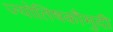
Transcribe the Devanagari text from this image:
ज्योतिषकौमुदी